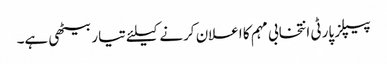
پیپلز پارٹی انتخابی مہم کا اعلان کرنے کیلئے تیار بیٹھی ہے۔